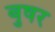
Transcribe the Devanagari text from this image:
बुषर